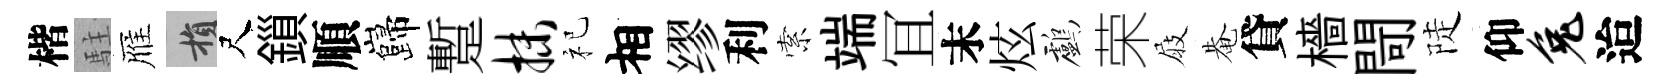
楷駐雁損尺鎻順巋蹔抹祀相缪利索端冝末炫鸕荣屐𤲅貸檣閜陡仰兔迨